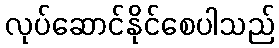
လုပ်ဆောင်နိုင်စေပါသည်